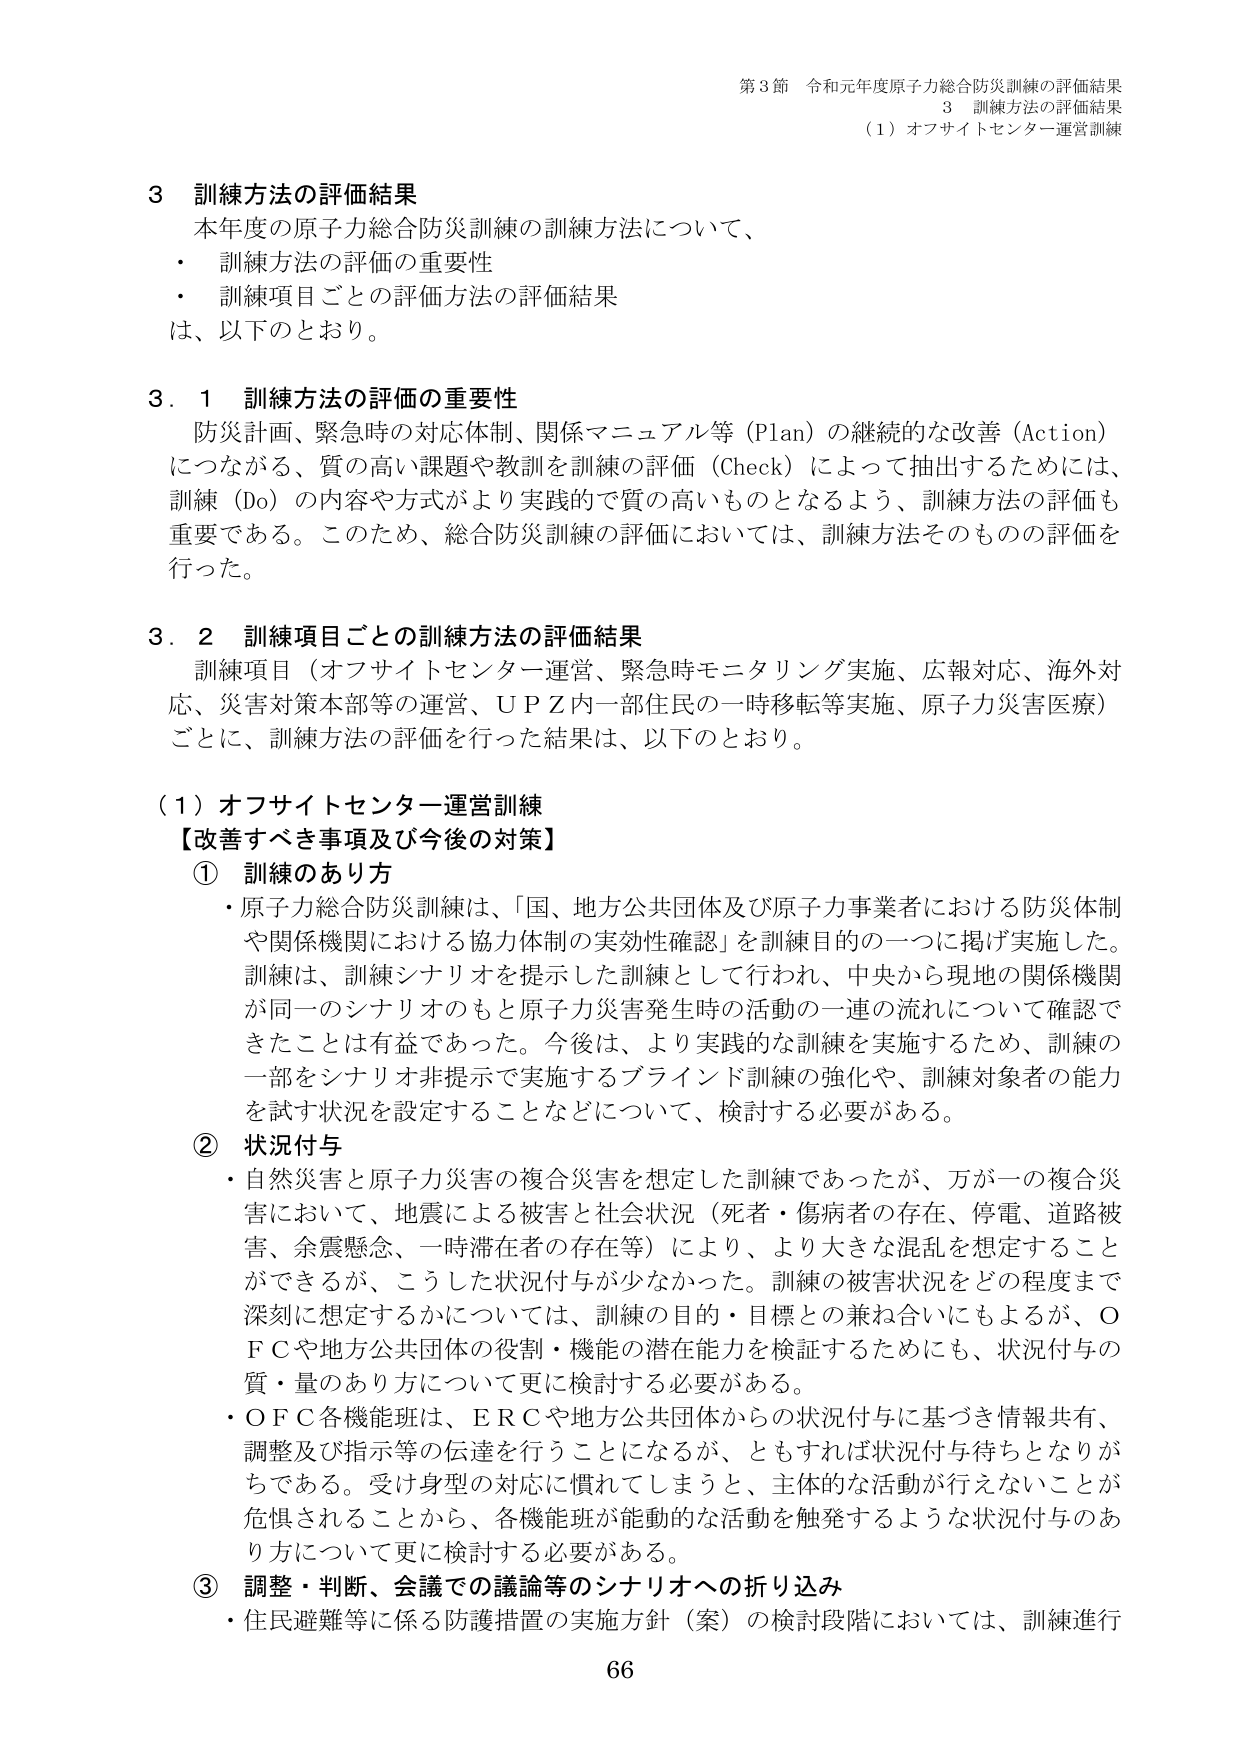
第3節 令和元年度原子力総合防災訓練の評価結果
3 訓練方法の評価結果
（1）オフサイトセンター運営訓練

3 訓練方法の評価結果
本年度の原子力総合防災訓練の訓練方法について、
・ 訓練方法の評価の重要性
・ 訓練項目ごとの評価方法の評価結果
は、以下のとおり。

3.1 訓練方法の評価の重要性
防災計画、緊急時の対応体制、関係マニュアル等（Plan）の継続的な改善（Action）につながる、質の高い課題や教訓を訓練の評価（Check）によって抽出するためには、訓練（Do）の内容や方式がより実践的で質の高いものとなるよう、訓練方法の評価も重要である。このため、総合防災訓練の評価においては、訓練方法そのものの評価を行った。

3.2 訓練項目ごとの訓練方法の評価結果
訓練項目（オフサイトセンター運営、緊急時モニタリング実施、広報対応、海外対応、災害対策本部等の運営、ＵＰＺ内一部住民の一時移転等実施、原子力災害医療）ごとに、訓練方法の評価を行った結果は、以下のとおり。

（1）オフサイトセンター運営訓練
【改善すべき事項及び今後の対策】
① 訓練のあり方
・原子力総合防災訓練は、「国、地方公共団体及び原子力事業者における防災体制や関係機関における協力体制の実効性確認」を訓練目的の一つに掲げ実施した。訓練は、訓練シナリオを提示した訓練として行われ、中央から現地の関係機関が同一のシナリオのもと原子力災害発生時の活動の一連の流れについて確認できたことは有益であった。今後は、より実践的な訓練を実施するため、訓練の一部をシナリオ非提示で実施するブラインド訓練の強化や、訓練対象者の能力を試す状況を設定することなどについて、検討する必要がある。

② 状況付与
・自然災害と原子力災害の複合災害を想定した訓練であったが、万が一の複合災害において、地震による被害と社会状況（死者・傷病者の存在、停電、道路被害、余震懸念、一時滞在者の存在等）により、より大きな混乱を想定することができるが、こうした状況付与が少なかった。訓練の被害状況をどの程度まで深刻に想定するかについては、訓練の目的・目標との兼ね合いにもよるが、ＯＦＣや地方公共団体の役割・機能の潜在能力を検証するためにも、状況付与の質・量のあり方について更に検討する必要がある。
・ＯＦＣ各機能班は、ＥＲＣや地方公共団体からの状況付与に基づき情報共有、調整及び指示等の伝達を行うことになるが、ともすれば状況付与待ちとなりがちである。受け身型の対応に慣れてしまうと、主体的な活動が行えないことが危惧されることから、各機能班が能動的な活動を触発するような状況付与のあり方について更に検討する必要がある。

③ 調整・判断、会議での議論等のシナリオへの折り込み
・住民避難等に係る防護措置の実施方針（案）の検討段階においては、訓練進行

66